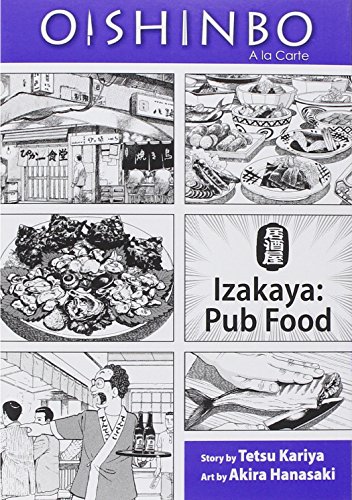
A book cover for Oishinbo: Ã  la Carte, Vol. 7: Izakaya - Pub Food; Tetsu Kariya; Teen & Young Adult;